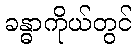
ခန္ဓာကိုယ်တွင်